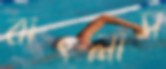
বাৎলাস